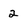
Character: 2